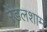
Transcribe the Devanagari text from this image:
रेंडलशाम